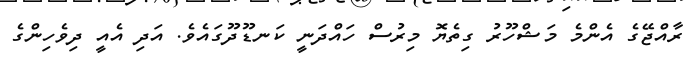
ރާއްޖޭގެ އެންމެ މަޝްހޫރު ގިތެޔޮ މިރުސް ހައްދަނީ ކަނޑޫދޫގައެވެ. އަދި އެއީ ދިވެހިންގެ